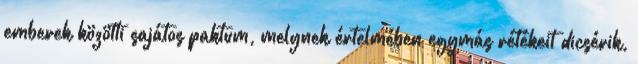
emberek közötti sajátos paktum, melynek értelmében egymás rétékeit dicsérik,